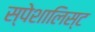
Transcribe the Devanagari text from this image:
स्पेशालिस्ट